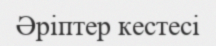
Әріптер кестесі